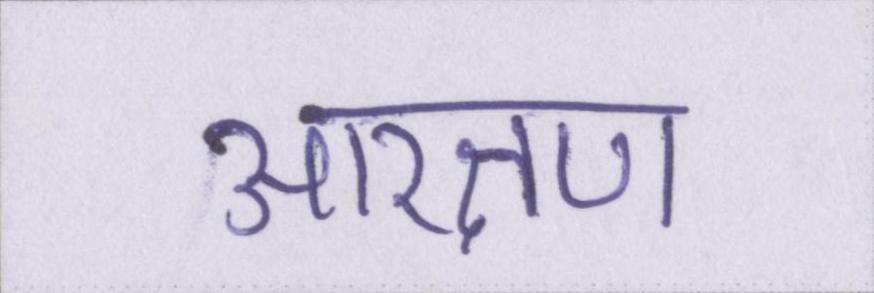
आरक्षण